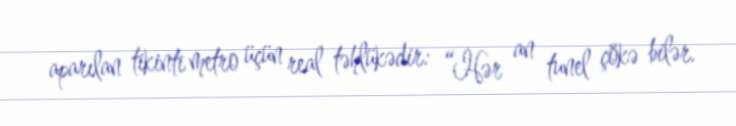
aparılan tikinti metro üçün real təhlükədir: “Hər an tunel çökə bilər.